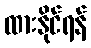
ထားနိုင်ရန်